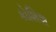
કોશિશ